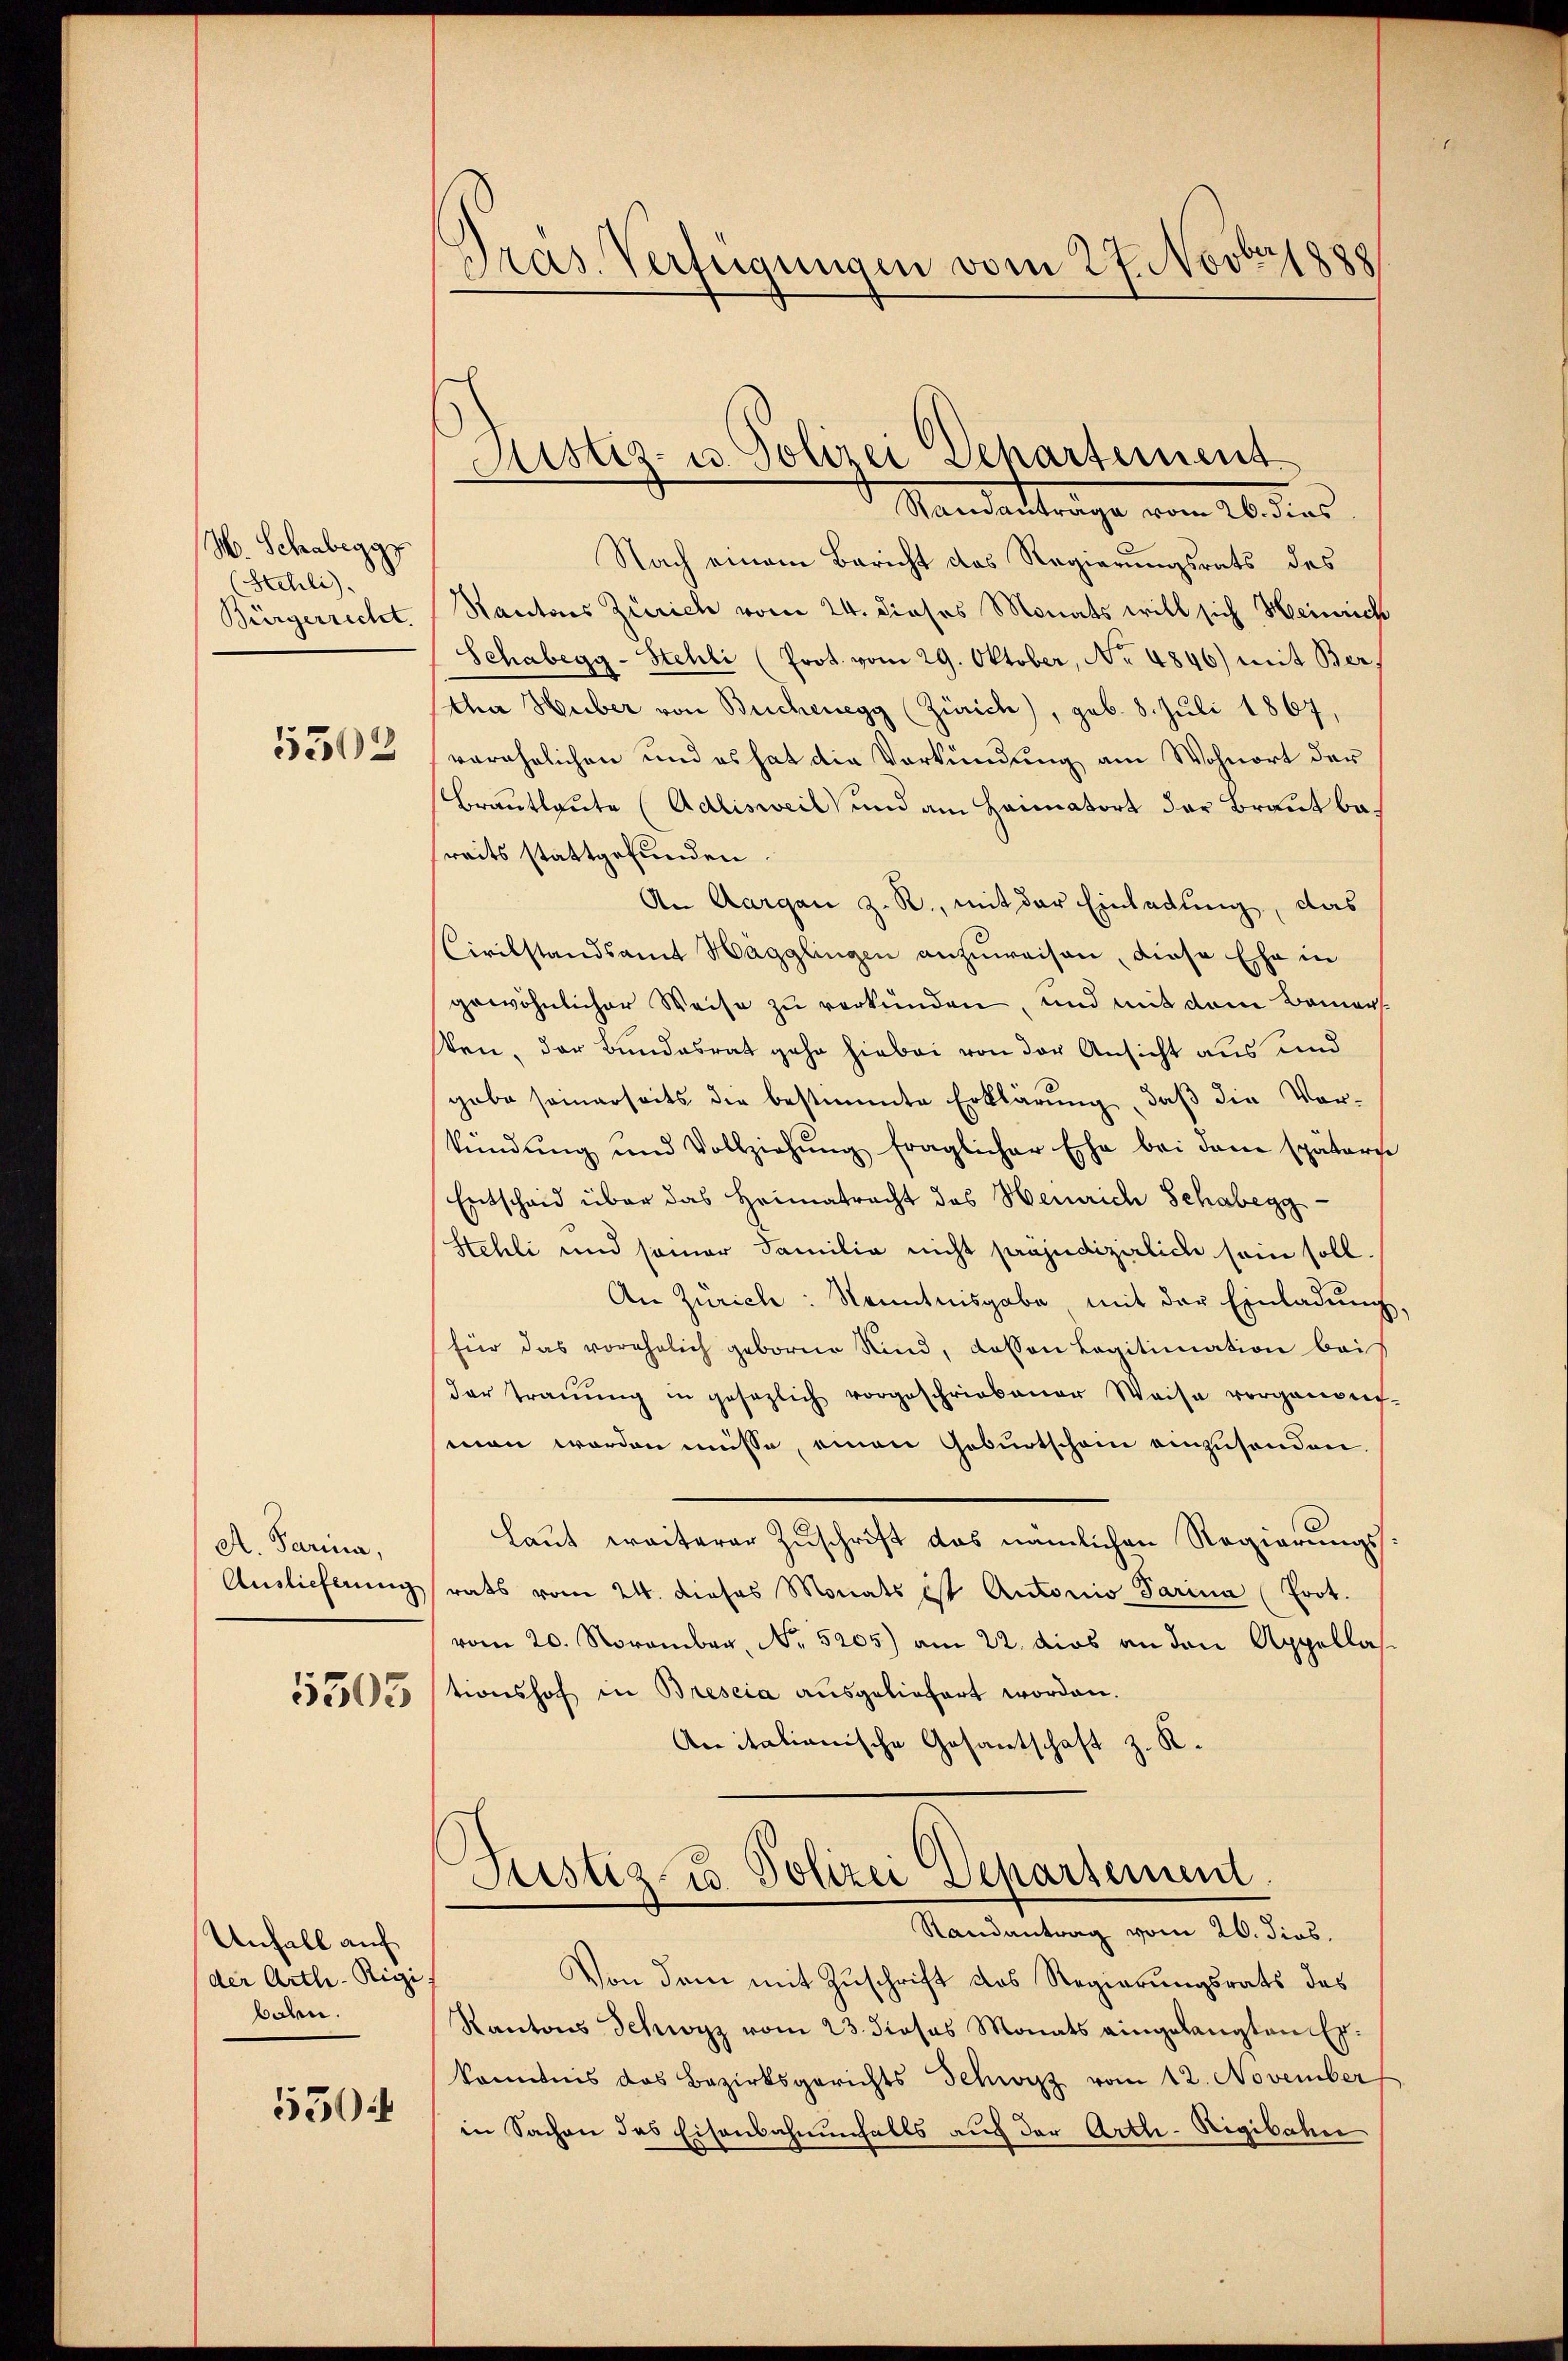
M. Schabegg
(Stehli).
Bürgerrecht.
5502

A. Parina,
Auslieferung

Unfall auf
der Arth-Rigi
balen.
550:

Pras. Verfügungen vom 27. Novatz

Justiz- u. Polizei Departement
Standertrage vom 16. dies

Nach einem Bericht des Regierungsrats des
Rantons Zürich vom 24. dieses Monats will sich Heinrich
Schabegg - Stehli (Prot. vom 29. Oktober, No 4846) mit Ber
cher Huber von Brichenegg (Zürich), geb. 8. Juli 1867,
verehelichen und es hat die Verkündung am Wohnort der
Brautleute (Adlisweil und am Hannatort der Braut bareits stattgefunden.
An Aargau z. R., mit der Einladung, das
CCivilstandsamt Hagglingen anzuweisen, diese Ehe in
gewöhnlicher Weise zu verkünden, und mit dem Bemerten, der Bundesrat gehe hiebei von der Ansicht aus und
gabe seinerseits die bestimmte Erklärung, daβ die Vor-
kündŭng und Vollziehŭng fraglicher Ehe bei dem spätere
Entscheid über das Heimatracht des Heinrich Schabegg
Stehli und seiner Familie nicht präjudizirlich sein soll.
An Zürich: Kenntnisgabe mit der Einladung,
für das vorehelich geborne Kind, dassen Legitimation bei
der Trauung in gesezlich vorgeschriebener Weise vorgenom-
men worden müsse, einen Geburtschon einzusenden
Laut weiterer Zuschrift das nämlichen Regierungsrats vom 24. dieses Monats ist Autoris Parina (Prot.
vom 20. November, No. 5205) am 22. dies an den Appellas
350stionshof in Brescia ausgeliefert worden.
Anitalianische Gesantschaft z. R.

Justiz- & Polizei Departement
Randantrag vom 26. dies,

Von dem mit Zuschrift des Regierungsrats des
Kantons Schwyz vom 23. dieses Monats eingelangten Exkonntnis das Bezirksgerichts Schwyz vom 12. November
in Sachen das Eisenbahnenfalls auf der Arth-Rigibahne